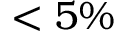
< 5 \%